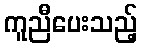
ကူညီပေးသည့်